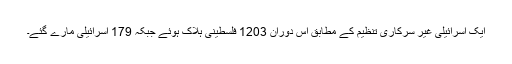
ایک اسرائیلی غیر سرکاری تنظیم کے مطابق اس دوران 1203 فلسطینی ہلاک ہوئے جبکہ 179 اسرائیلی مارے گئے۔